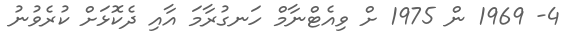
4- 1969 ން 1975 ށް ވިއެޓްނާމް ހަނގުރާމަ އާއި ދެކޮޅަށް ކުރެވުނު